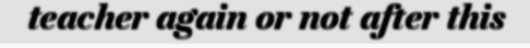
teacher again or not after this